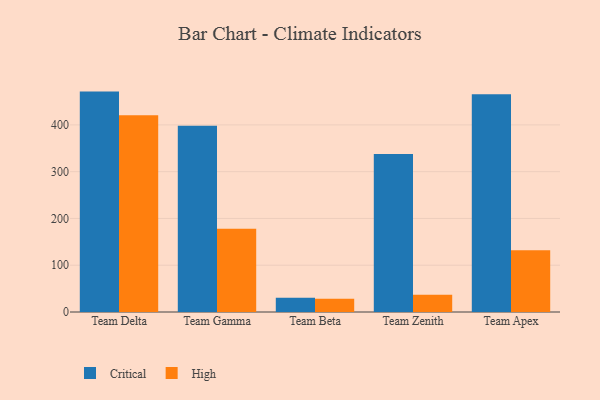
{"axis": {"x": "Team", "y": "LTV (USD)"}, "legend": ["Critical", "High"], "data": [{"x": "Team Delta", "y": 471.2, "type": "Critical"}, {"x": "Team Delta", "y": 420.5, "type": "High"}, {"x": "Team Gamma", "y": 398.0, "type": "Critical"}, {"x": "Team Gamma", "y": 178.1, "type": "High"}, {"x": "Team Beta", "y": 30.4, "type": "Critical"}, {"x": "Team Beta", "y": 28.4, "type": "High"}, {"x": "Team Zenith", "y": 337.9, "type": "Critical"}, {"x": "Team Zenith", "y": 36.9, "type": "High"}, {"x": "Team Apex", "y": 465.8, "type": "Critical"}, {"x": "Team Apex", "y": 132.1, "type": "High"}]}